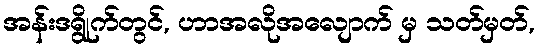
အန်းဒရွိုက်တွင်, ဟာအလိုအလျောက် မှ သတ်မှတ်,